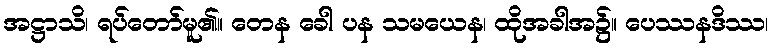
အဋ္ဌာသိ၊ ရပ်တော်မူ၏။ တေန ခေါ ပန သမယေန၊ ထိုအခါအ၌။ ပေဿနဒိဿ၊